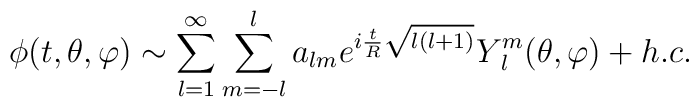
\phi(t,\theta,\varphi)\sim \sum_{l=1}^{\infty} \sum_{m=-l}^{l}  a_{lm} e^{i\frac{t}{R}\sqrt{l(l+1)}} Y_{\;l}^{m}(\theta,\varphi)+  h.c.